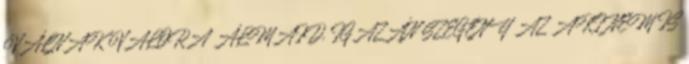
VÁLNAK VALÓRA ÁLMAID. IGAZÁN SZEGÉNY AZ AKI NEM IS